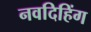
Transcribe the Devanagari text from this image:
नवदिहिंग